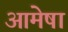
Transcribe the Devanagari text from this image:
आमेषा